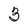
Character: 3